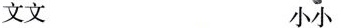
文文 小小